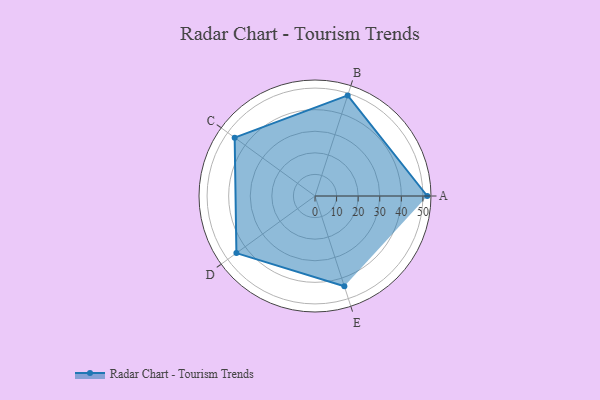
{"axis": {"x": "Skill", "y": "Score"}, "legend": ["Profile"], "data": [{"x": "A", "y": 52.0, "type": "Profile"}, {"x": "B", "y": 49.0, "type": "Profile"}, {"x": "C", "y": 46.0, "type": "Profile"}, {"x": "D", "y": 45.0, "type": "Profile"}, {"x": "E", "y": 44.0, "type": "Profile"}]}